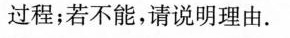
过程；若不能，请说明理由。